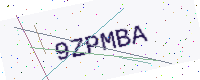
Text: 9ZPMBA